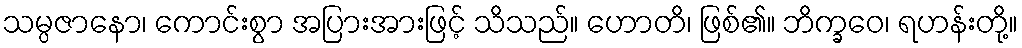
သမ္ပဇာနော၊ ကောင်းစွာ အပြားအားဖြင့် သိသည်။ ဟောတိ၊ ဖြစ်၏။ ဘိက္ခဝေ၊ ရဟန်းတို့။